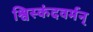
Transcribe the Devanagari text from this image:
श्विस्कंदवर्मन्